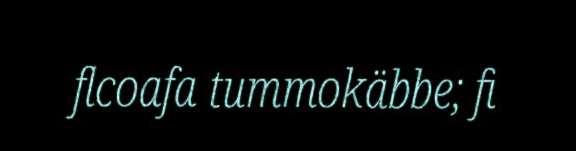
flcoafa tummokäbbe; fi